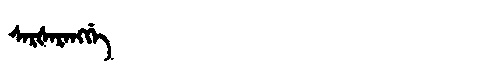
Manchu: ᠰᠠᡵᡧᠠᡵᠠᠩᡤᡝ
Romanization: SARŠARANGGE